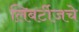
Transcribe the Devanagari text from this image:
लिबर्टीजचे